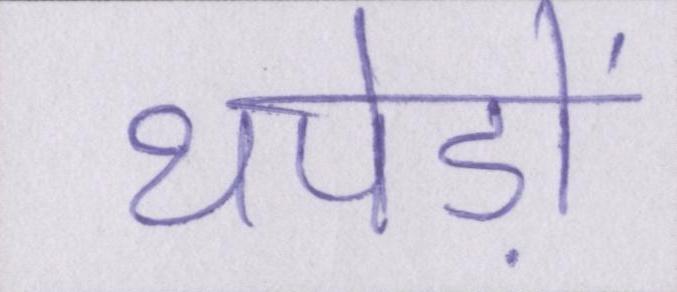
थपेड़ों